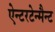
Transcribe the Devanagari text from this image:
ऐन्टरटेन्मैन्ट